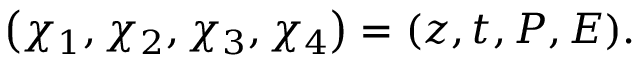
\left( \chi _ { 1 } , \chi _ { 2 } , \chi _ { 3 } , \chi _ { 4 } \right) = ( z , t , P , E ) .